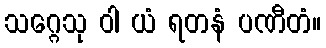
သဂ္ဂေသု ဝါ ယံ ရတနံ ပဏီတံ။